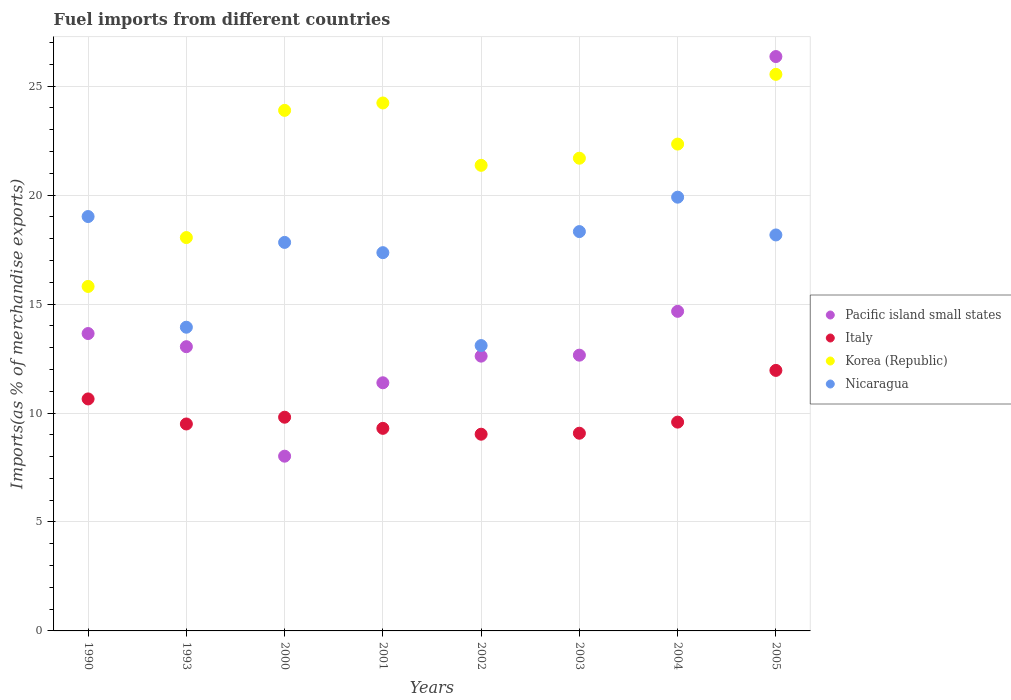
| Years | Pacific island small states | Italy | Korea (Republic) | Nicaragua |
 | --- | --- | --- | --- | --- |
 | 1990 | 13.6 | 10.6 | 15.8 | 19 |
 | 1993 | 13 | 9.5 | 18.1 | 13.9 |
 | 2000 | 8.02 | 9.81 | 23.9 | 17.8 |
 | 2001 | 11.4 | 9.3 | 24.2 | 17.4 |
 | 2002 | 12.6 | 9.03 | 21.4 | 13.1 |
 | 2003 | 12.7 | 9.07 | 21.7 | 18.3 |
 | 2004 | 14.7 | 9.58 | 22.3 | 19.9 |
 | 2005 | 26.4 | 12 | 25.5 | 18.2 |